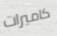
كاميرات